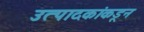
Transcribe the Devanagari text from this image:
उत्पादकांकडून